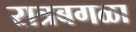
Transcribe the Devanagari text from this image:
रात्रबगळा